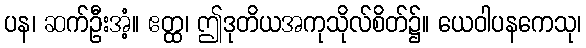
ပန၊ ဆက်ဦးအံ့။ ဧတ္ထ၊ ဤဒုတိယအကုသိုလ်စိတ်၌။ ယေဝါပနကေသု၊